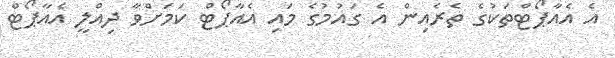
އެ އެއާޕޯޓްތަކުގެ ތެރެއިން އެ ގައުމުގެ މައި އެއާޕޯޓް ކަމަށްވާ ދިއްލީ އެއާޕޯޓް